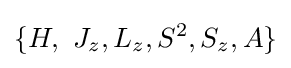
\{H,{\text{ }}{{J}_{z}},{{L}_{z}},{{S}^{2}},{{S}_{z}},A\}